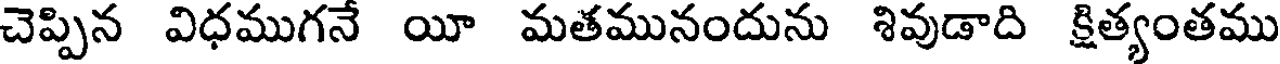
చెప్పిన విధముగనే యీ మతమునందును శివుడాది క్షిత్యంతము